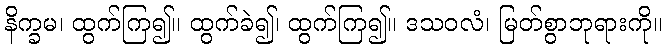
နိက္ခမ၊ ထွက်ကြ၍။ ထွက်ခဲ၍၊ ထွက်ကြ၍။ ဒသဝလံ၊ မြတ်စွာဘုရားကို။